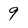
Character: 9